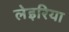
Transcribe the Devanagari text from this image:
लेइरिया